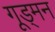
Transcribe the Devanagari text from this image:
गूड्मन